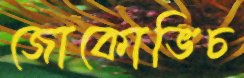
জোকোভিচ